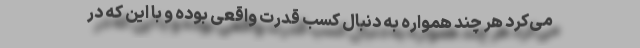
می‌کرد هر چند همواره به دنبال کسب قدرت واقعی بوده و با این که در